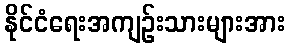
နိုင်ငံရေးအကျဉ်းသားများအား